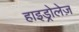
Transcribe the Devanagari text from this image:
हाइड्रोलेज़